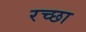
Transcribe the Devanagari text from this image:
रच्‍छा